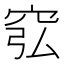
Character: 𥥈